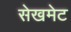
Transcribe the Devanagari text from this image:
सेखमेट